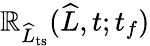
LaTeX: \mathbb{R}_{\widehat{{L}}_{\mathrm{{ts}}}}(\widehat{{L}},t;t_{f})